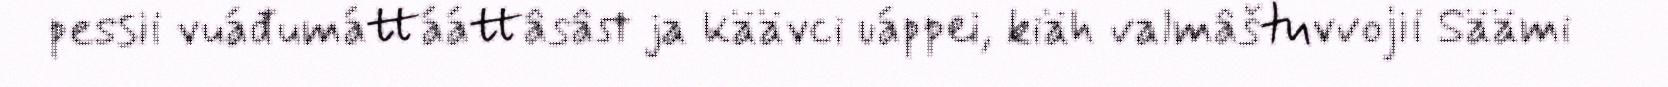
pessii vuáđumáttááttâsâst ja käävci uáppei, kiäh valmâštuvvojii Säämi